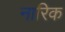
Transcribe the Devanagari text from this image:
नारिक